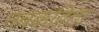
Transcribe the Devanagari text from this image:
नवकविता